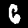
Digit: 6